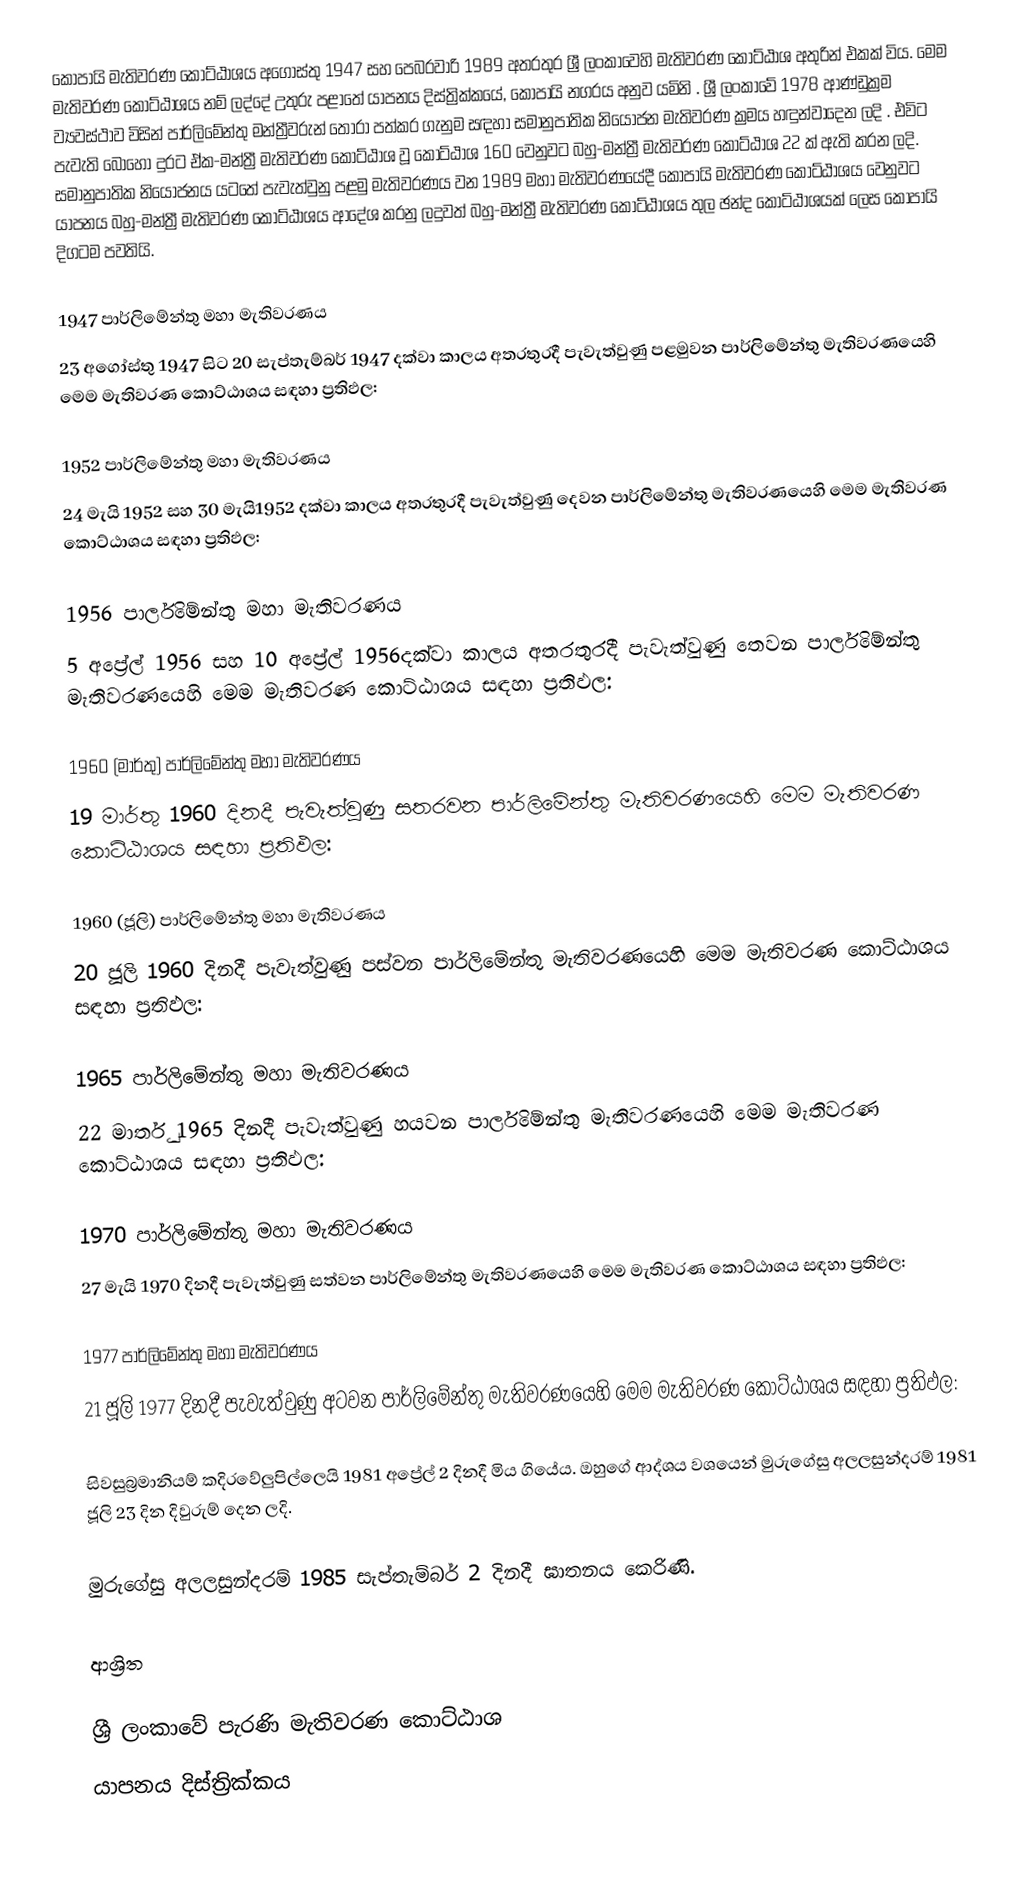
කෝපායි මැතිවරණ කොට්ඨාශය  අගෝස්තු 1947 සහ පෙබරවාරි 1989 අතරතුර  ශ්‍රී ලංකාවෙහි  මැතිවරණ කොට්ඨාශ අතුරින් එකක් විය. මෙම මැතිවරණ කොට්ඨාශය නම් ලද්දේ  උතුරු පළාතේ  යාපනය දිස්ත්‍රික්කයේ,  කෝපායි නගරය අනුව යමිනි . ශ්‍රී ලංකාවේ 1978 ආණ්ඩුක්‍රම ව්‍යවස්ථාව විසින්   පාර්ලිමේන්තු මන්ත්‍රීවරුන් තෝරා පත්කර ගැනුම සඳහා සමානුපාතික නියෝජන මැතිවරණ ක්‍රමය හඳුන්වාදෙන ලදි . එවිට පැවැති බොහෝ දුරට  ඒක-මන්ත්‍රී මැතිවරණ කොට්ඨාශ වූ කොට්ඨාශ 160 වෙනුවට බහු-මන්ත්‍රී මැතිවරණ කොට්ඨාශ 22 ක් ඇති කරන ලදි. සමානුපාතික නියෝජනය යටතේ පැවැත්වුනු පළමු මැතිවරණය වන 1989 මහා මැතිවරණයේදී  කෝපායි මැතිවරණ කොට්ඨාශය වෙනුවට  යාපනය බහු-මන්ත්‍රී මැතිවරණ කොට්ඨාශය  ආදේශ කරනු ලදුවත් බහු-මන්ත්‍රී මැතිවරණ කොට්ඨාශය තුල ඡන්ද කොට්ඨාශයක් ලෙස කෝපායි දිගටම පවතියි.

1947 පාර්ලිමේන්තු මහා මැතිවරණය
23 අගෝස්තු 1947 සිට 20 සැප්තැම්බර් 1947 දක්වා කාලය අතරතුරදී පැවැත්වුණු පළමුවන පාර්ලිමේන්තු මැතිවරණයෙහි මෙම මැතිවරණ කොට්ඨාශය සඳහා ප්‍රතිඵල:

1952 පාර්ලිමේන්තු මහා මැතිවරණය
24 මැයි 1952 සහ 30 මැයි1952 දක්වා කාලය අතරතුරදී පැවැත්වුණු දෙවන පාර්ලිමේන්තු මැතිවරණයෙහි මෙම මැතිවරණ කොට්ඨාශය සඳහා ප්‍රතිඵල:

1956 පාර්ලිමේන්තු මහා මැතිවරණය
5 අප්‍රේල් 1956 සහ 10 අප්‍රේල් 1956දක්වා කාලය අතරතුරදී පැවැත්වුණු තෙවන පාර්ලිමේන්තු මැතිවරණයෙහි මෙම මැතිවරණ කොට්ඨාශය සඳහා ප්‍රතිඵල:

1960 (මාර්තු) පාර්ලිමේන්තු මහා මැතිවරණය
19 මාර්තු 1960 දිනදී පැවැත්වුණු සතරවන පාර්ලිමේන්තු මැතිවරණයෙහි මෙම මැතිවරණ කොට්ඨාශය සඳහා ප්‍රතිඵල:

1960 (ජූලි) පාර්ලිමේන්තු මහා මැතිවරණය
20 ජූලි 1960 දිනදී පැවැත්වුණු පස්වන පාර්ලිමේන්තු මැතිවරණයෙහි මෙම මැතිවරණ කොට්ඨාශය සඳහා ප්‍රතිඵල:

1965 පාර්ලිමේන්තු මහා මැතිවරණය
22 මාර්තු 1965  දිනදී පැවැත්වුණු හයවන පාර්ලිමේන්තු මැතිවරණයෙහි මෙම මැතිවරණ කොට්ඨාශය සඳහා ප්‍රතිඵල:

1970 පාර්ලිමේන්තු මහා මැතිවරණය
27 මැයි 1970 දිනදී පැවැත්වුණු සත්වන පාර්ලිමේන්තු මැතිවරණයෙහි මෙම මැතිවරණ කොට්ඨාශය සඳහා ප්‍රතිඵල:

1977 පාර්ලිමේන්තු මහා මැතිවරණය
21 ජූලි 1977 දිනදී පැවැත්වුණු අටවන පාර්ලිමේන්තු මැතිවරණයෙහි මෙම මැතිවරණ කොට්ඨාශය සඳහා ප්‍රතිඵල:

සිවසුබ්‍රමානියම් කදිරවේලුපිල්ලෙයි 1981 අප්‍රේල් 2 දිනදී මිය ගියේය. ඔහුගේ ආද්ශය වශයෙන් මුරුගේසු අලලසුන්දරම්  1981 ජූලි 23 දින දිවුරුම් දෙන ලදි.

මුරුගේසු අලලසුන්දරම් 1985 සැප්තැම්බර් 2 දිනදී ඝාතනය කෙරිණි.

ආශ්‍රිත

ශ්‍රී ලංකාවේ පැරණි මැතිවරණ කොට්ඨාශ
 යාපනය  දිස්ත්‍රික්කය